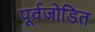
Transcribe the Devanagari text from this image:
पूर्वजोडित